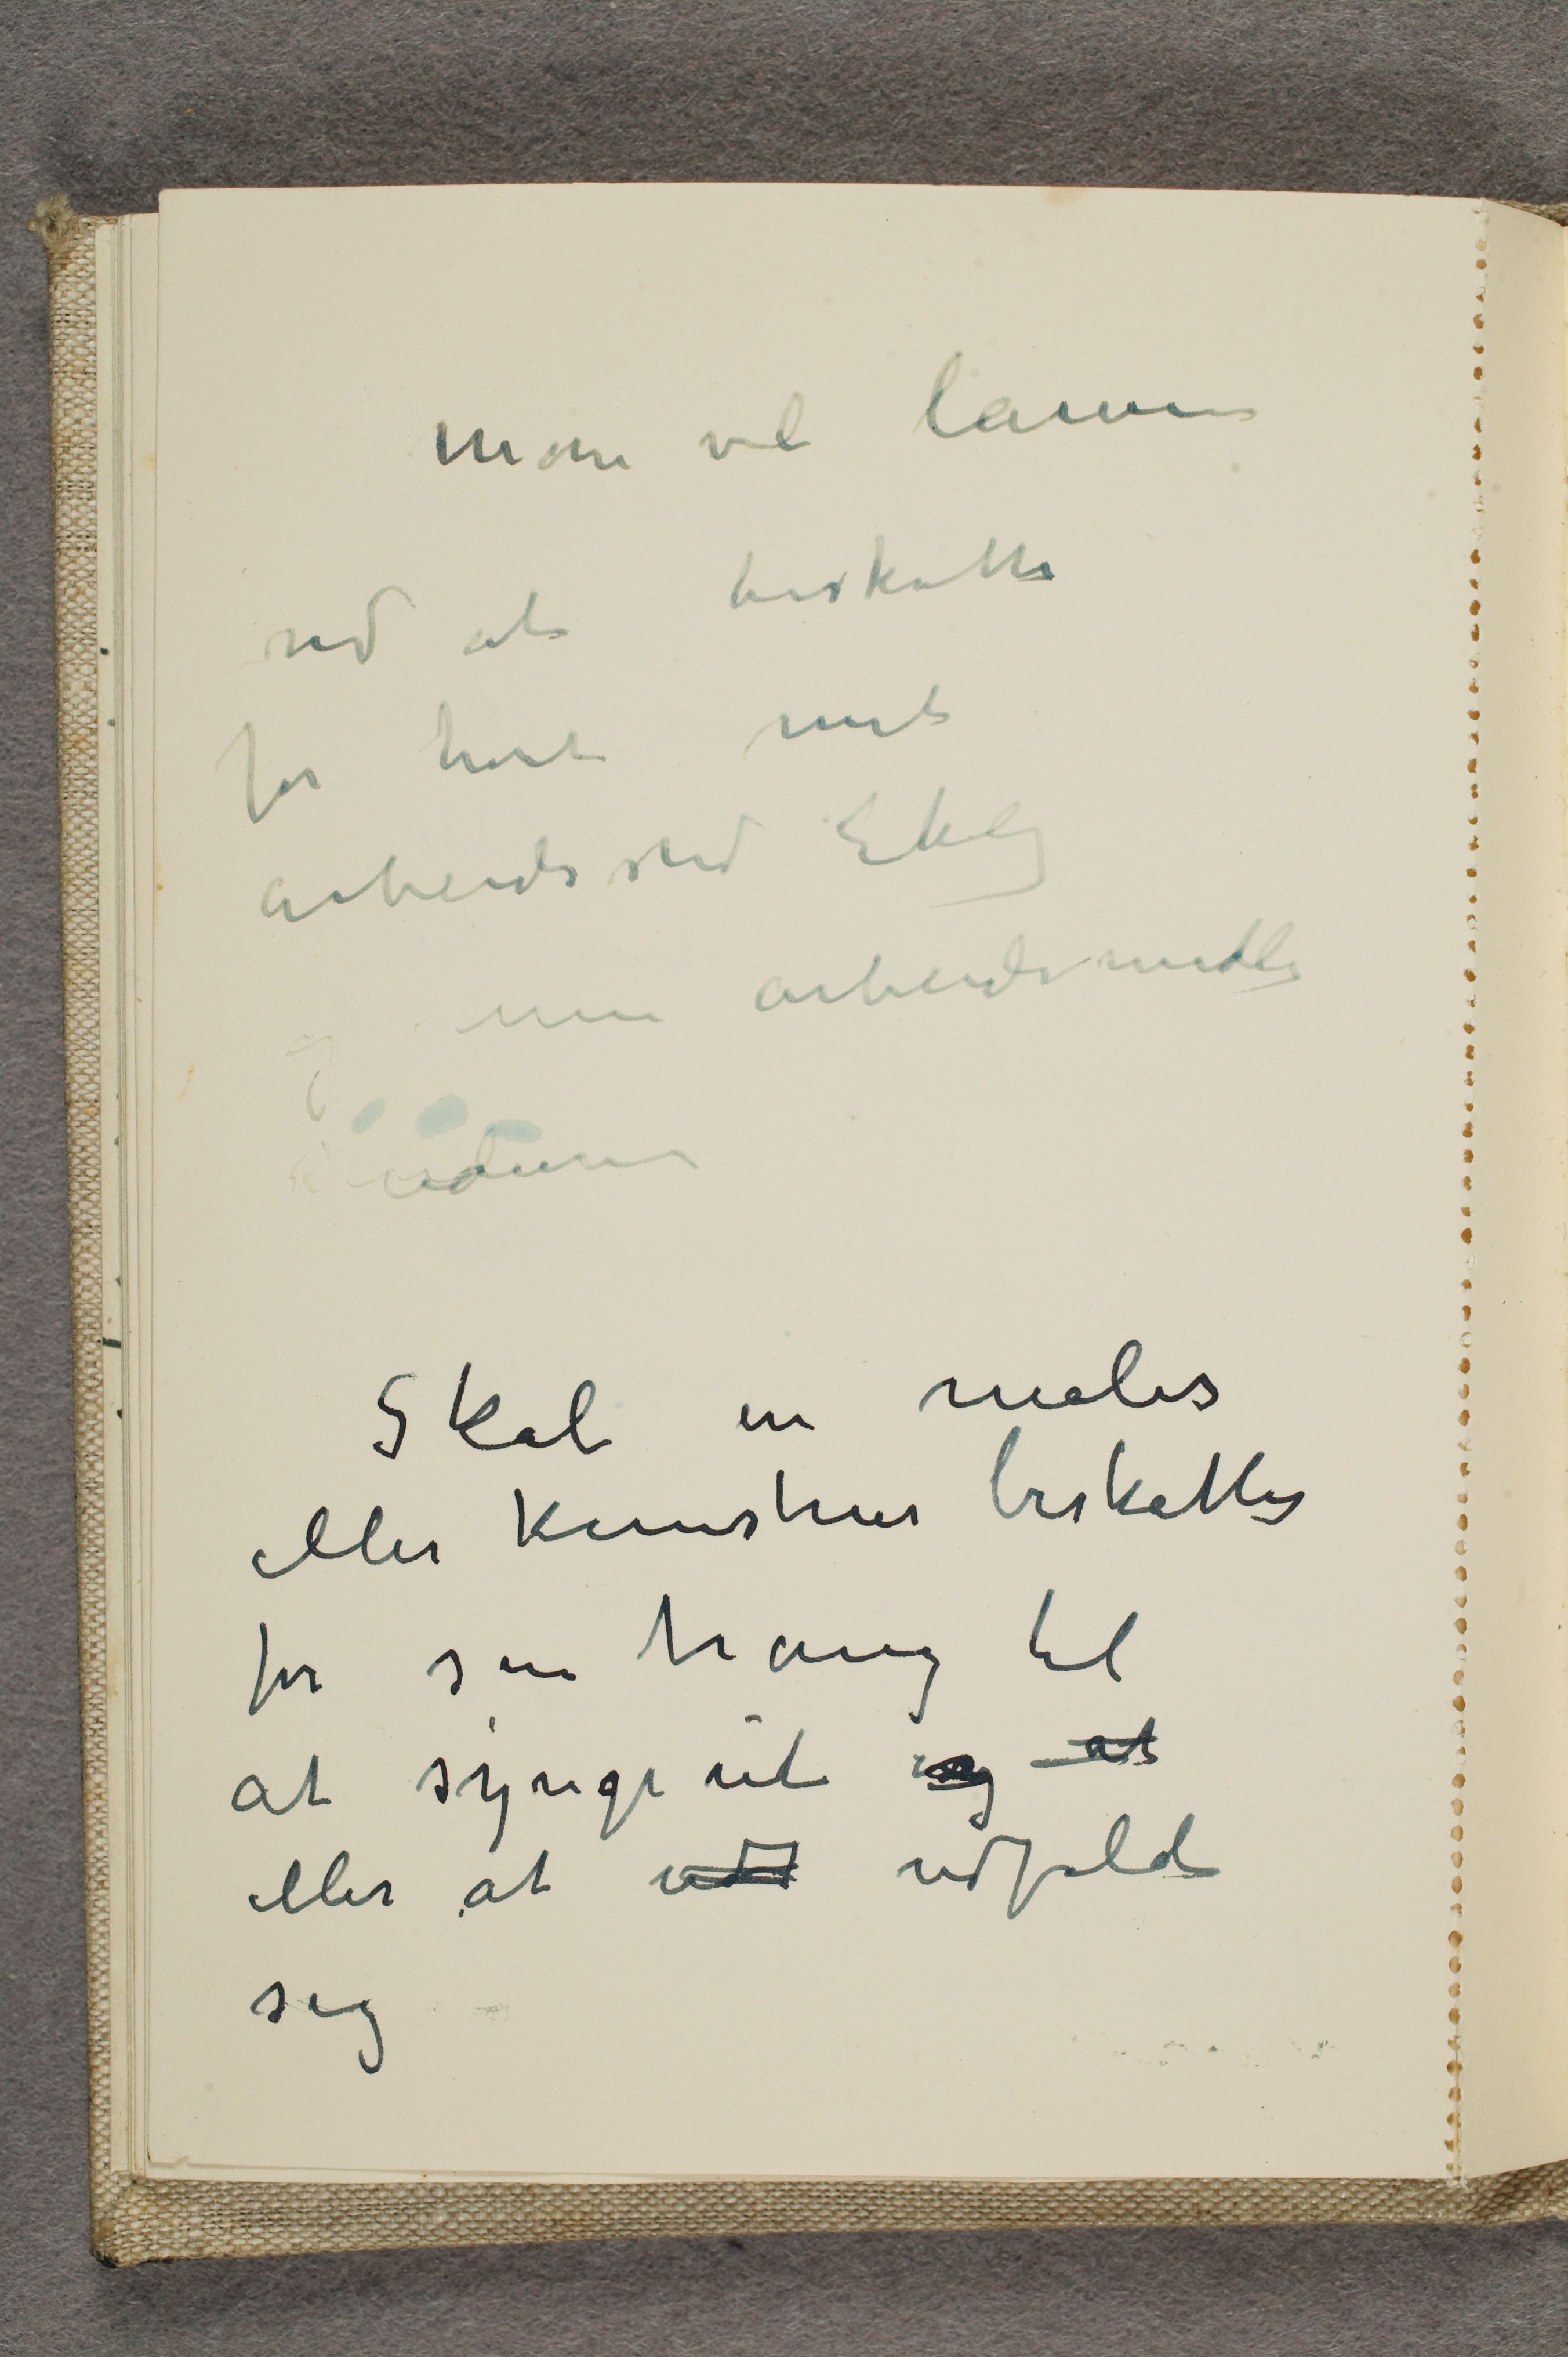
Man vil lamme
ved at beskatte
for huset mit
arbeidssted Ekely
og mine arbeidsmidler
studiene
Skal en maler
eller kunstner beskattes
for sin trang til
at synge ut og at
eller at udt udfolde
sig